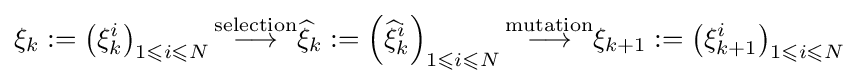
\xi _{k}:=\left(\xi _{k}^{i}\right)_{1\leqslant i\leqslant N}{\stackrel {\text{selection}}{\longrightarrow }}{\widehat {\xi }}_{k}:=\left({\widehat {\xi }}_{k}^{i}\right)_{1\leqslant i\leqslant N}{\stackrel {\text{mutation}}{\longrightarrow }}\xi _{k+1}:=\left(\xi _{k+1}^{i}\right)_{1\leqslant i\leqslant N}